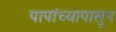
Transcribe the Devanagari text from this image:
पापांच्यापासून